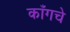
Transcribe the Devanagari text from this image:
काँगचे